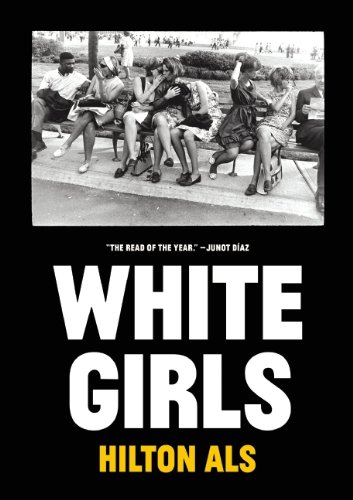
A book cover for White Girls; Hilton Als; Literature & Fiction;